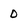
Character: 0